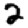
Digit: 2